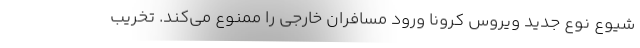
شیوع نوع جدید ویروس کرونا ورود مسافران خارجی را ممنوع می‌کند. تخریب